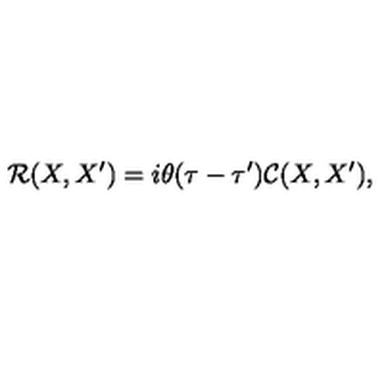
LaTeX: { \mathcal R } ( X , X ^ { \prime } ) = i \theta ( \tau - \tau ^ { \prime } ) { \mathcal C } ( X , X ^ { \prime } ) ,